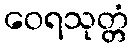
ဝေရသုတ္တံ